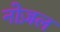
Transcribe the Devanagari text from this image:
नोज़ल